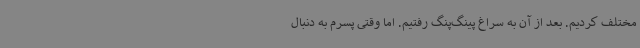
مختلف کردیم. بعد از آن به سراغ پینگ‌پنگ رفتیم. اما وقتی پسرم به دنبال